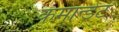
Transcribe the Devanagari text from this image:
कमान्डेंट